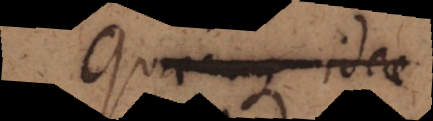
Quaecunque id